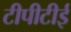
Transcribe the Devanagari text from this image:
टीपीटीई